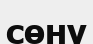
сөну